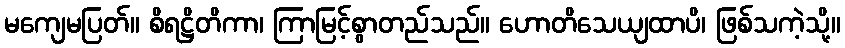
မကျေမပြတ်။ စိရဋ္ဌိတိကာ၊ ကြာမြင့်စွာတည်သည်။ ဟောတိသေယျထာပိ၊ ဖြစ်သကဲ့သို့။